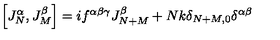
\left[ J _ { N } ^ { \alpha } , J _ { M } ^ { \beta } \right] = i f ^ { \alpha \beta \gamma } J _ { N + M } ^ { \beta } + N k \delta _ { N + M , 0 } \delta ^ { \alpha \beta }